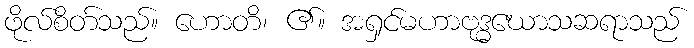
ဖိုလ်စိတ်သည်။ ဟောတိ၊ ၏။ အရှင်မဟာဗုဒ္ဓဃောသဆရာသည်